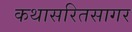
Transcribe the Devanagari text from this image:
कथासरितसागर